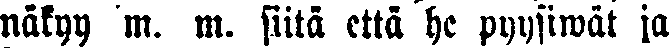
näkyy m. m. siitä että he pyysiwät ja